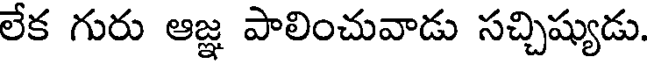
లేక గురు ఆజ్ఞ పాలించువాడు సచ్చిష్యుడు.